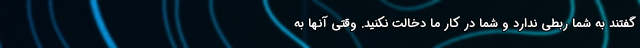
گفتند به شما ربطی ندارد و شما در کار ما دخالت نکنید. وقتی آنها به